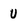
Character: U